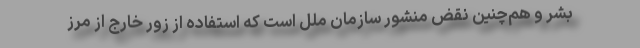
بشر و هم‌چنین نقض منشور سازمان ملل است که استفاده از زور خارج از مرز